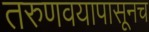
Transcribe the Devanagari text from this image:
तरुणवयापासूनच